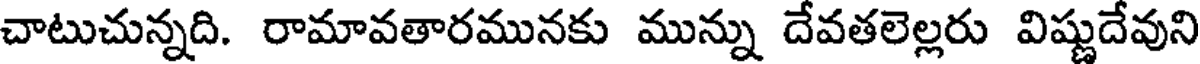
చాటుచున్నది. రామావతారమునకు మున్ను దేవతలెల్లరు విష్ణుదేవుని